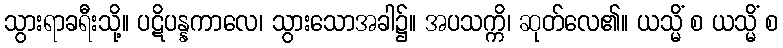
သွားရာခရီးသို့။ ပဋိပန္နကာလေ၊ သွားသောအခါ၌။ အပသက္ကိ၊ ဆုတ်လေ၏။ ယသ္မိံ စ ယသ္မိံ စ